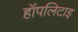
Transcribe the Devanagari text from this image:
हॉपलिटाइ